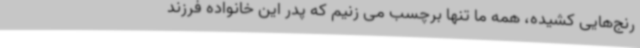
رنج‌هایی کشیده، همه ما تنها برچسب می زنیم که پدر این خانواده فرزند